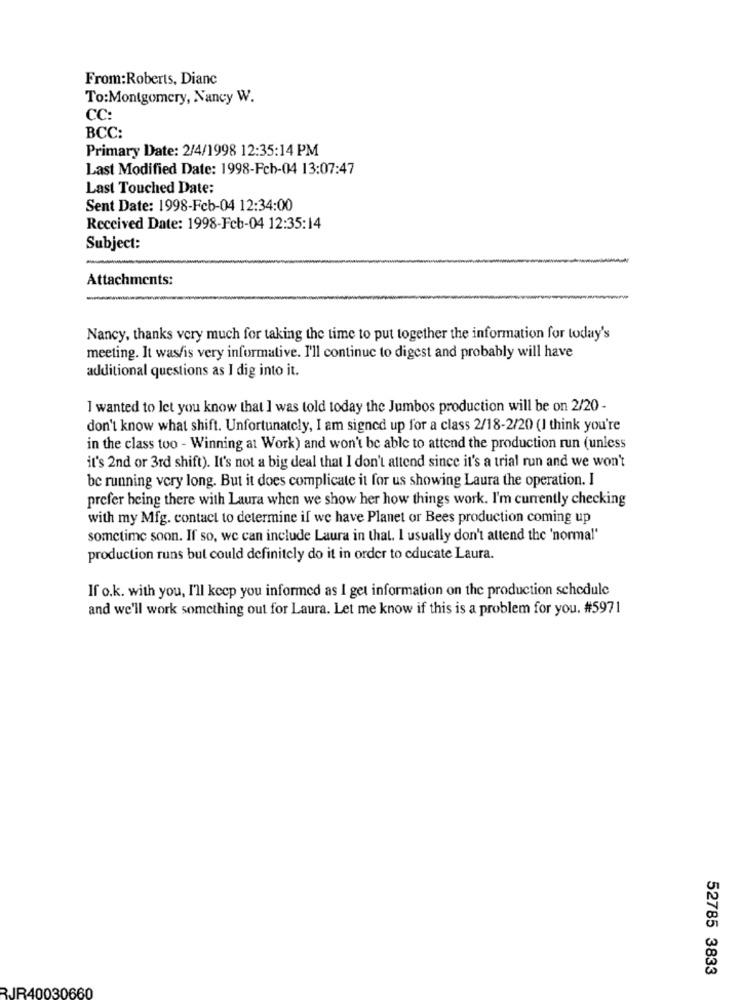
From:Roberts, Dianc
To:Montgomery, Nancy W.
CC:
BCC:
Primary Date: 2/4/1998 12:35:14 PM
Last Modified Date: 1998-Fcb-04 13:07:47
Last Touched Date:
Sent Date: 1998-Fcb-04 12:34:00
Received Date: 1998-Feb-04 12:35:14
Subject:
Attachments:
Nancy, thanks very much for taking the time to put together the information for today's
meeting. It was/is very informative. I'll continue to digest and probably will have
additional questions as I dig into it.
I wanted to let you know that I was told today the Jumbos production will be on 2/20 -
don't know what shift. Unfortunately, I am signed up for a class 2/18-2/20 (I think you're
in the class too - Winning at Work) and won't be able to attend the production run (unless
it's 2nd or 3rd shift). It's not a big deal that I don't attend since it's a trial run and we won't
be running very long. But it does complicate it for us showing Laura the operation. I
prefer being there with Laura when we show her how things work. I'm currently checking
with my Mfg. contact to determine if we have Planet or Bees production coming up
sometime soon. If so, we can include Laura in that. I usually don't attend the 'normal'
production runs but could definitely do it in order to educate Laura.
If o.k. with you, I'll keep you informed as I get information on the production schedule
and we'll work something out for Laura. Let me know if this is a problem for you. #5971
52785 3833
RJR40030660